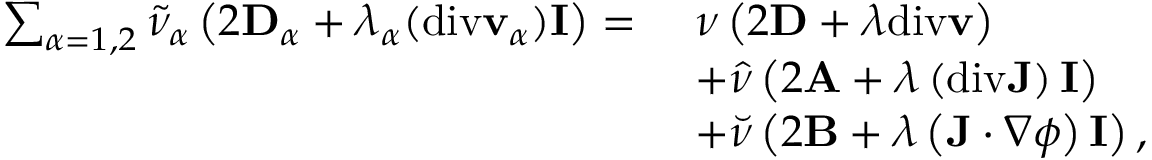
\begin{array} { r l } { \sum _ { \alpha = 1 , 2 } \tilde { \nu } _ { \alpha } \left( 2 \mathbf { D } _ { \alpha } + \lambda _ { \alpha } ( \mathrm { d i v } \mathbf { v } _ { \alpha } ) \mathbf { I } \right) = } & { ~ \nu \left( 2 \mathbf { D } + \lambda \mathrm { d i v } \mathbf { v } \right) } \\ & { ~ + \hat { \nu } \left( 2 \mathbf { A } + \lambda \left( \mathrm { d i v } \mathbf { J } \right) \mathbf { I } \right) } \\ & { ~ + \breve { \nu } \left( 2 \mathbf { B } + \lambda \left( \mathbf { J } \cdot \nabla \phi \right) \mathbf { I } \right) , } \end{array}